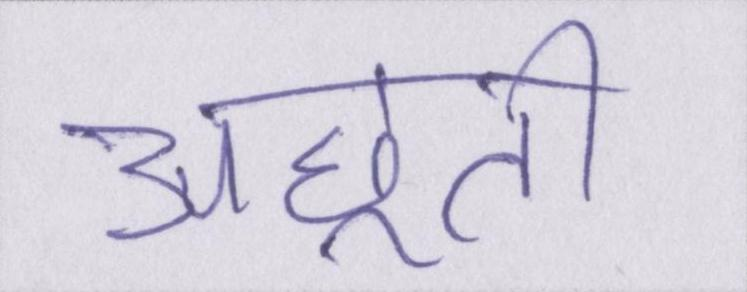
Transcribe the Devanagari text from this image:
अछूती